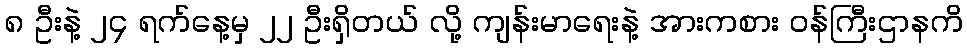
၈ ဦးနဲ့ ၂၄ ရက်နေ့မှ ၂၂ ဦးရှိတယ် လို့ ကျန်းမာရေးနဲ့ အားကစား ဝန်ကြီးဌာနကိ